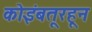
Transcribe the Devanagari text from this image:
कोइंबतूरहून